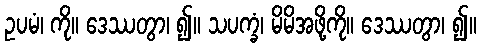
ဥပမံ၊ ကို။ ဒေဿတွာ၊ ၍။ သပက္ခံ၊ မိမိအဖို့ကို။ ဒေဿတွာ၊ ၍။